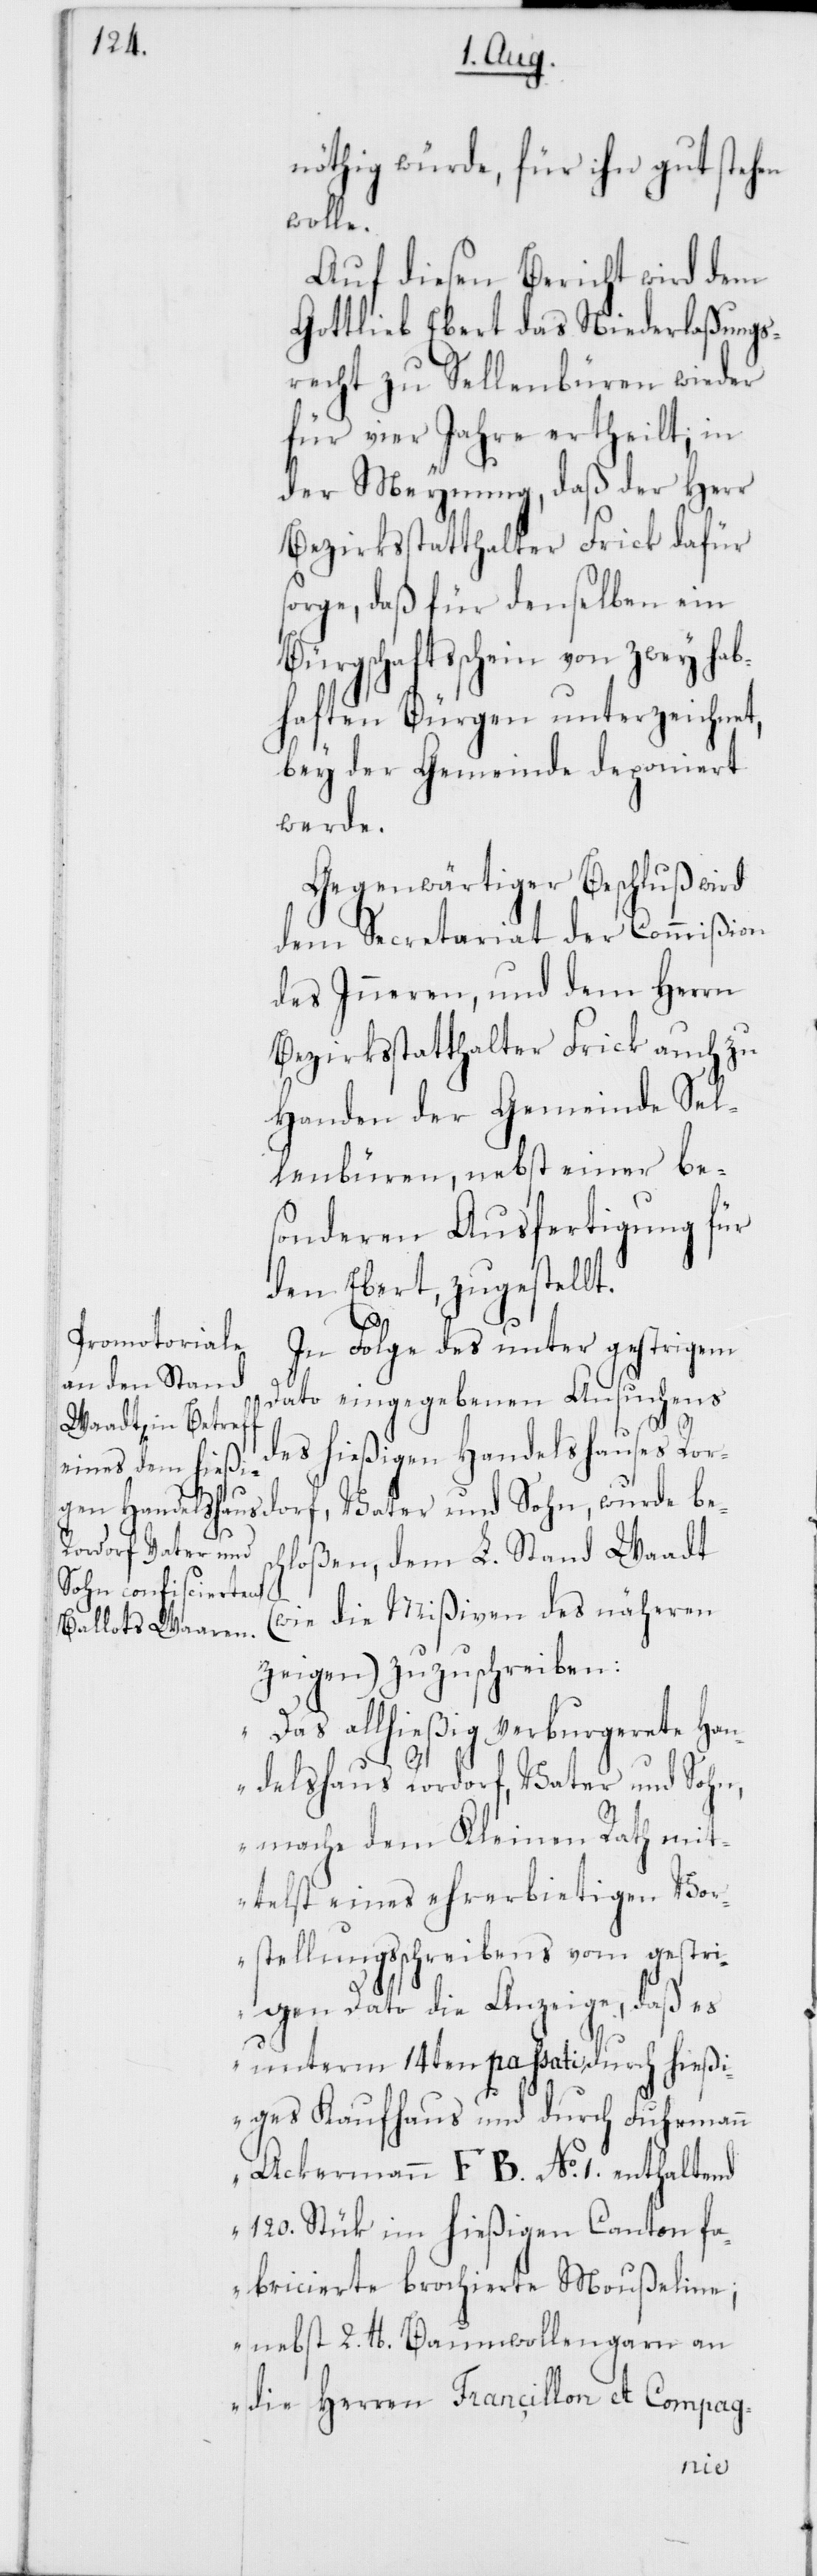
nöthig würde, für ihn gut stehen
wolle.
Auf diesen Bericht wird dem
Gottlieb Ebert das Niederlaßungs¬
recht zu Sellenbüren wieder
für vier Jahre ertheilt; in
der Meynung, daß der Herr
Bezirksstatthalter Frick dafür
sorge, daß für denselben ein
Bürgschaftsschein von zwey hab¬
haften Bürgen unterzeichnet,
bey der Gemeinde deponiert
werde.
Gegenwärtiger Beschluß wird
dem Secretariat der Commißion
des Inneren, und dem Herrn
Bezirksstatthalter Frick auch zu
Handen der Gemeinde Sel¬
lenbüren, nebst einer be¬
sonderen Ausfertigung für
den Ebert, zugestellt.
In Folge des unter gestrigem
Dato eingegebenen Ansuchens
des hießigen Handelshauses R¬
ordorf, Vater und
chloßen, dem L. Stand Waadt
Sohn, wurde bes¬
(wie die Mißiven des näheren
zeigen) zuzuschreiben:
„Das allhießig verburgerete Han¬
delshaus Rordorf, Vater und Sohn,
mache dem Kleinen Rath mit¬
telst eines ehrerbietigen Vor¬
stellungsschreiben vom gestri¬
gen Dato die Anzeige, daß es
unterm 14ten passati durch hießi¬
ges Kaufhaus und durch Fuhrmann
Ackermannn F B. No 1. enthaltend
120. Stück im hießigen Canton fa¬
bricierte brochierte Moußeline;
nebst 2. lb. Baumwollengarn an
die Herren Françillon et Compag-